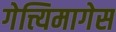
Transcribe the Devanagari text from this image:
गेत्त्यिमागेस